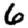
Digit: 6